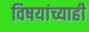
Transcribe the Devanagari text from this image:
विषयांच्याही